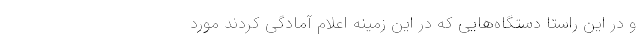
و در این راستا دستگاه‌هایی که در این زمینه اعلام آمادگی کردند مورد